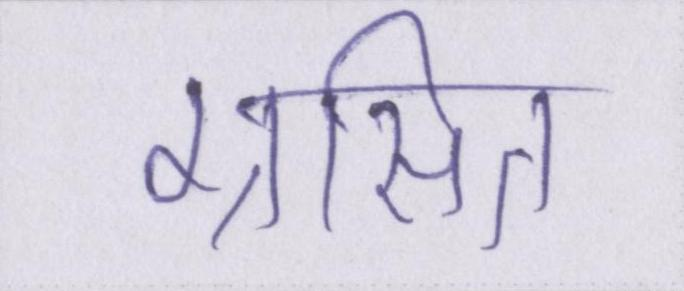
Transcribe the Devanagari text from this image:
ग्रसित